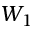
W _ { 1 }